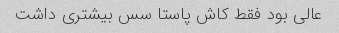
عالی بود فقط کاش پاستا سس بیشتری داشت